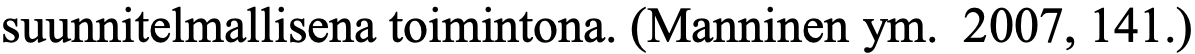
suunnitelmallisena toimintona. (Manninen ym. 2007, 141.)